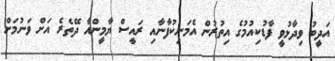
އަދީބު ވިދާޅުވީ ފާޑުކިއުމުގެ އިތުރުން އެމަނިކުފާނާއި ރައީސް ޔާމީންއާ ދޭތެރެ އަށް ވަނުމަށް